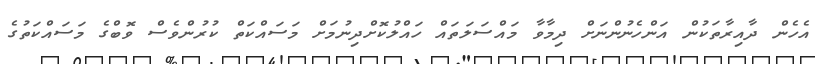
އެހެން ދާއިރާތަކުން އަންހެނުންނަށް ދިމާވާ މައްސަލަތައް ހައްލުކޮށްދިނުމަށް މަސައްކަތް ކުރުންވެސް ވޮބްގެ މަސައްކަތުގެ